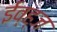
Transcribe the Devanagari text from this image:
ईव्ह्‌ज